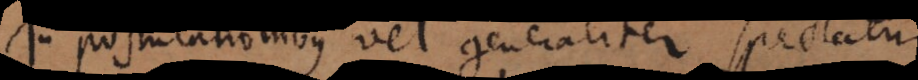
In postulationibus vel generaliter spectatur